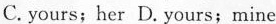
C. yours； her D.Yours；mine